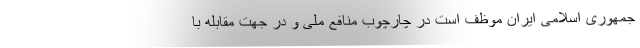
جمهوری اسلامی ایران موظف است در چارچوب منافع ملی و در جهت مقابله با